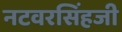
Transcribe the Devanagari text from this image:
नटवरसिंहजी